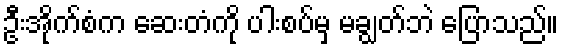
ဦးအိုက်စံက ဆေးတံကို ပါးစပ်မှ မချွတ်ဘဲ ပြောသည်။